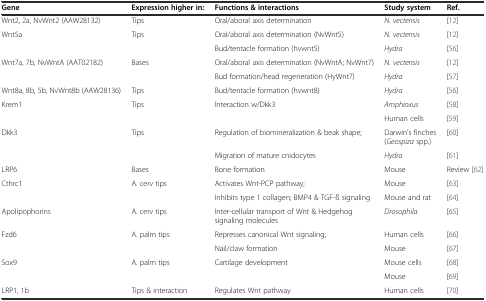
<table><thead><tr><td><b>Gene</b></td><td><b>Expression higher in:</b></td><td><b>Functions &amp; interactions</b></td><td><b>Study system</b></td><td><b>Ref.</b></td></tr></thead><tbody><tr><td>Wnt2, 2a, NvWnt2 (AAW28132)</td><td>Tips</td><td>Oral/aboral axis determination</td><td><i>N. vectensis</i></td><td>[12]</td></tr><tr><td rowspan="2">Wnt5a</td><td rowspan="2">Tips</td><td>Oral/aboral axis determination (NvWnt5)</td><td><i>N. vectensis</i></td><td>[12]</td></tr><tr><td>Bud/tentacle formation (hvwnt5)</td><td><i>Hydra</i></td><td>[56]</td></tr><tr><td rowspan="2">Wnt7a, 7b, NvWntA (AAT02182)</td><td rowspan="2">Bases</td><td>Oral/aboral axis determination (NvWntA; NvWnt7)</td><td><i>N. vectensis</i></td><td>[12]</td></tr><tr><td>Bud formation/head regeneration (HyWnt7)</td><td><i>Hydra</i></td><td>[57]</td></tr><tr><td>Wnt8a, 8b, 5b, NvWnt8b (AAW28136)</td><td>Tips</td><td>Bud/tentacle formation (hvwnt8)</td><td><i>Hydra</i></td><td>[56]</td></tr><tr><td rowspan="2">Krem1</td><td rowspan="2">Tips</td><td rowspan="2">Interaction w/Dkk3</td><td><i>Amphioxus</i></td><td>[58]</td></tr><tr><td>Human cells</td><td>[59]</td></tr><tr><td rowspan="2">Dkk3</td><td rowspan="2">Tips</td><td>Regulation of biomineralization &amp; beak shape;</td><td>Darwin’s finches (<i>Geospiza</i> spp.)</td><td>[60]</td></tr><tr><td>Migration of mature cnidocytes</td><td><i>Hydra</i></td><td>[61]</td></tr><tr><td>LRP6</td><td>Bases</td><td>Bone formation</td><td>Mouse</td><td>Review [62]</td></tr><tr><td rowspan="2">Cthrc1</td><td rowspan="2">A. cerv tips</td><td>Activates Wnt-PCP pathway;</td><td>Mouse</td><td>[63]</td></tr><tr><td>Inhibits type 1 collagen; BMP4 &amp; TGF-ß signaling</td><td>Mouse and rat</td><td>[64]</td></tr><tr><td>Apolipophorins</td><td>A. cerv tips</td><td>Inter-cellular transport of Wnt &amp; Hedgehog signaling molecules</td><td><i>Drosophila</i></td><td>[65]</td></tr><tr><td rowspan="2">Fzd6</td><td rowspan="2">A. palm tips</td><td>Represses canonical Wnt signaling;</td><td>Human cells</td><td>[66]</td></tr><tr><td>Nail/claw formation</td><td>Mouse</td><td>[67]</td></tr><tr><td rowspan="2">Sox9</td><td rowspan="2">A. palm tips</td><td rowspan="2">Cartilage development</td><td>Mouse cells</td><td>[68]</td></tr><tr><td>Mouse</td><td>[69]</td></tr><tr><td>LRP1, 1b</td><td>Tips &amp; interaction</td><td>Regulates Wnt pathway</td><td>Human cells</td><td>[70]</td></tr></tbody></table>